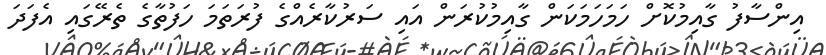
އިންސާފު ގާއިމުކޮށް ހަމަހަމަކަން ގާއިމުކުރަން އައި ސަރުކާރެއްގެ ފުރަތަމަ ހަފުތާގެ ތެރޭގައި އެފަދަ